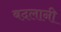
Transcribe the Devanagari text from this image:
बदलानी